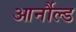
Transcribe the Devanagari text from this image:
आर्नौल्ड